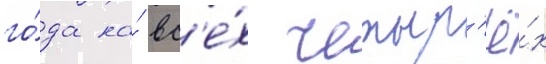
го́да на́ вс'е́х четыр'ё́х